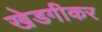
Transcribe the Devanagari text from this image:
खेडगीकर